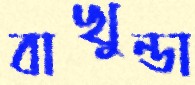
বাখুন্ডা